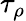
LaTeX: \tau_{\rho}